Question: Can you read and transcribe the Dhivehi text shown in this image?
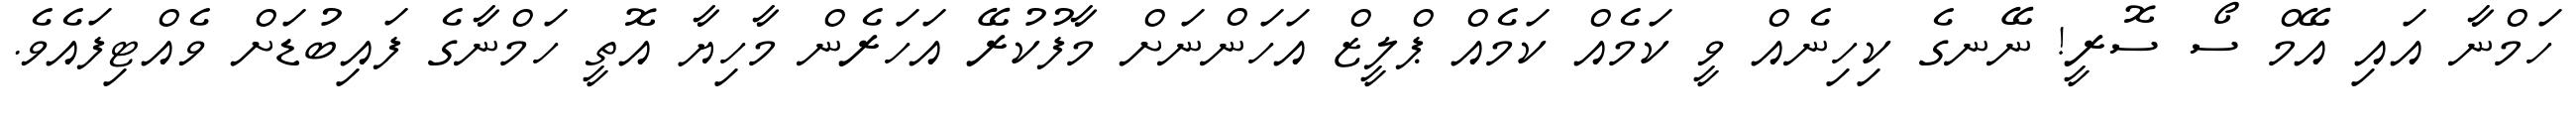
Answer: ހަމްނާ އައި އޭމް ސޯ ސޮރީ! ނޭނގެ ކިހިނެއް ވީ ކަމެއް ކަމެއް ޕްލީޒް އަހަންނަށް މާފުކުރޭ އަހަރެން މާހިޔާ އޮތީ ހަމްނާގެ ފައިބުޑަށް ވެއްޓިފައެވެ.